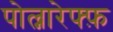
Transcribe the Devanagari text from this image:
पोल्नारेफ्फ़